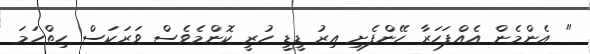
" އެންމެން އެއްފަހަރާ ހޭންފެށި އިރު ޑީޑީ ހުރީ ކޮންމެވެސް ވަރަކަސް ހިތްހަމަ